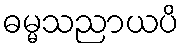
ဓမ္မသညာယပိ